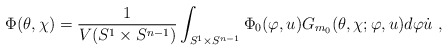
\begin{align*}\Phi(\theta,\chi)=\frac{1}{V(S^1\times S^{n-1})}\int_{S^1\times S^{n-1}}\Phi_0(\varphi,u)G_{m_0}(\theta,\chi;\varphi,u)d\varphi\dot{u}~,\end{align*}